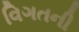
વિગતની